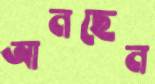
আনছেন